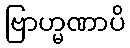
ဗြာဟ္မဏာပိ